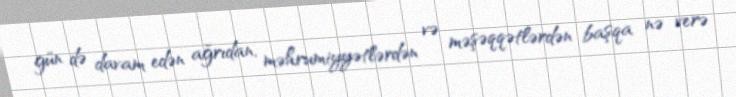
gün də davam edən ağrıdan, məhrumiyyətlərdən və məşəqqətlərdən başqa nə verə